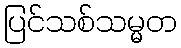
ပြင်သစ်သမ္မတ